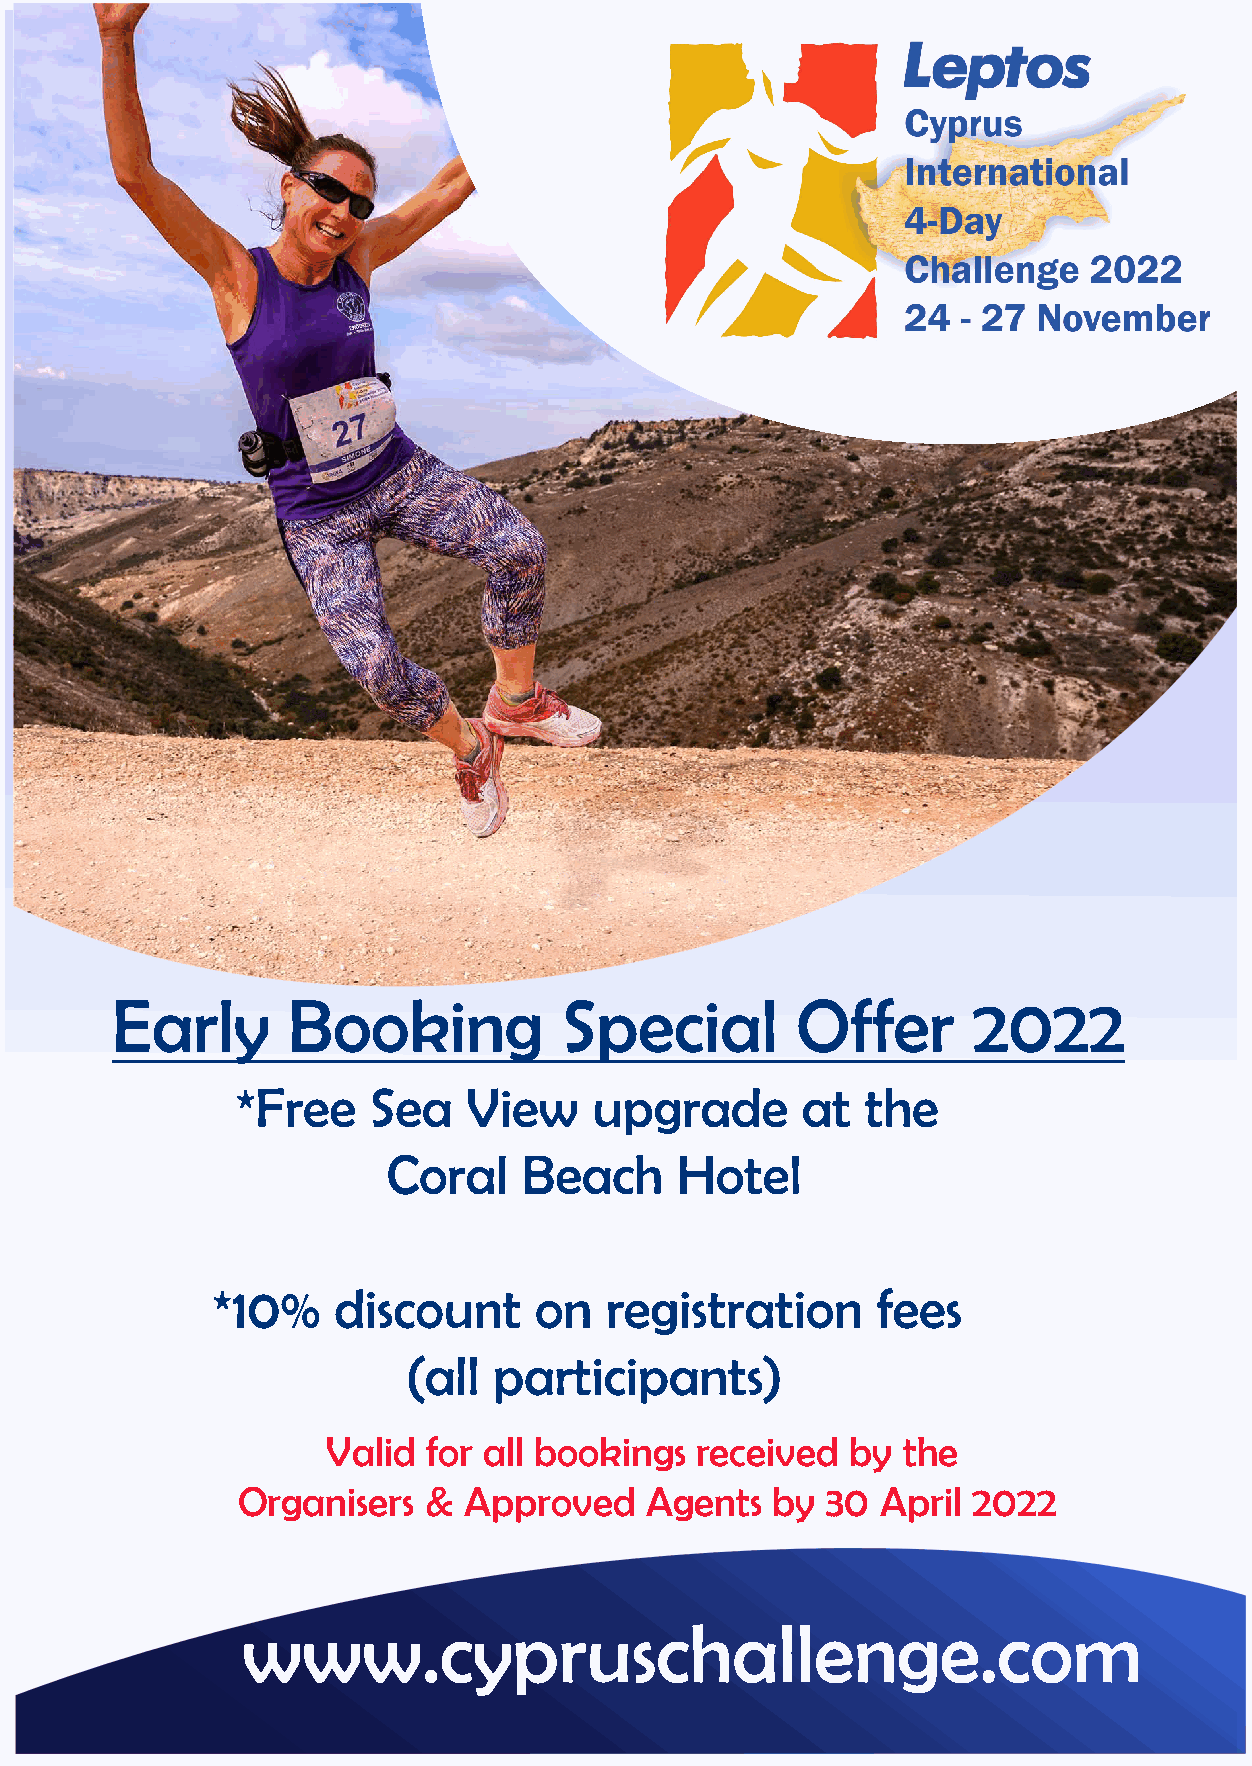
Early       Booking           Special         Offer      2022
 *Free   Sea    View    upgrade       at  the
 Coral    Beach     Hotel
 *10%    discount     on   registration      fees
 (all  participants)
 Valid for all bookings  received  by  the
 Organisers  &  Approved    Agents  by  30 April 2022
 www.cypruschallenge.com